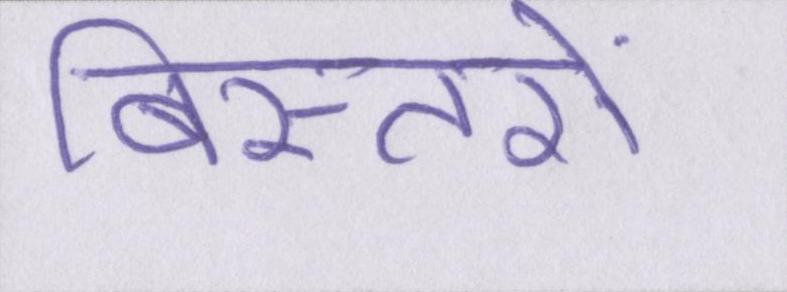
बिस्तरों